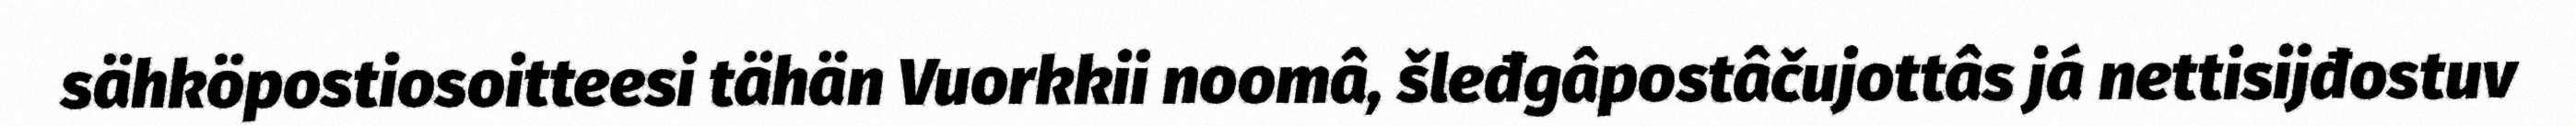
sähköpostiosoitteesi tähän Vuorkkii noomâ, šleđgâpostâčujottâs já nettisijđostuv